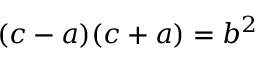
( c - a ) ( c + a ) = b ^ { 2 }